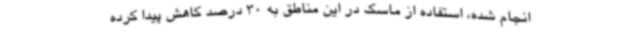
انجام شده، استفاده از ماسک در این مناطق به 30 درصد کاهش پیدا کرده